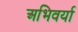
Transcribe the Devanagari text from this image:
अभिवर्या